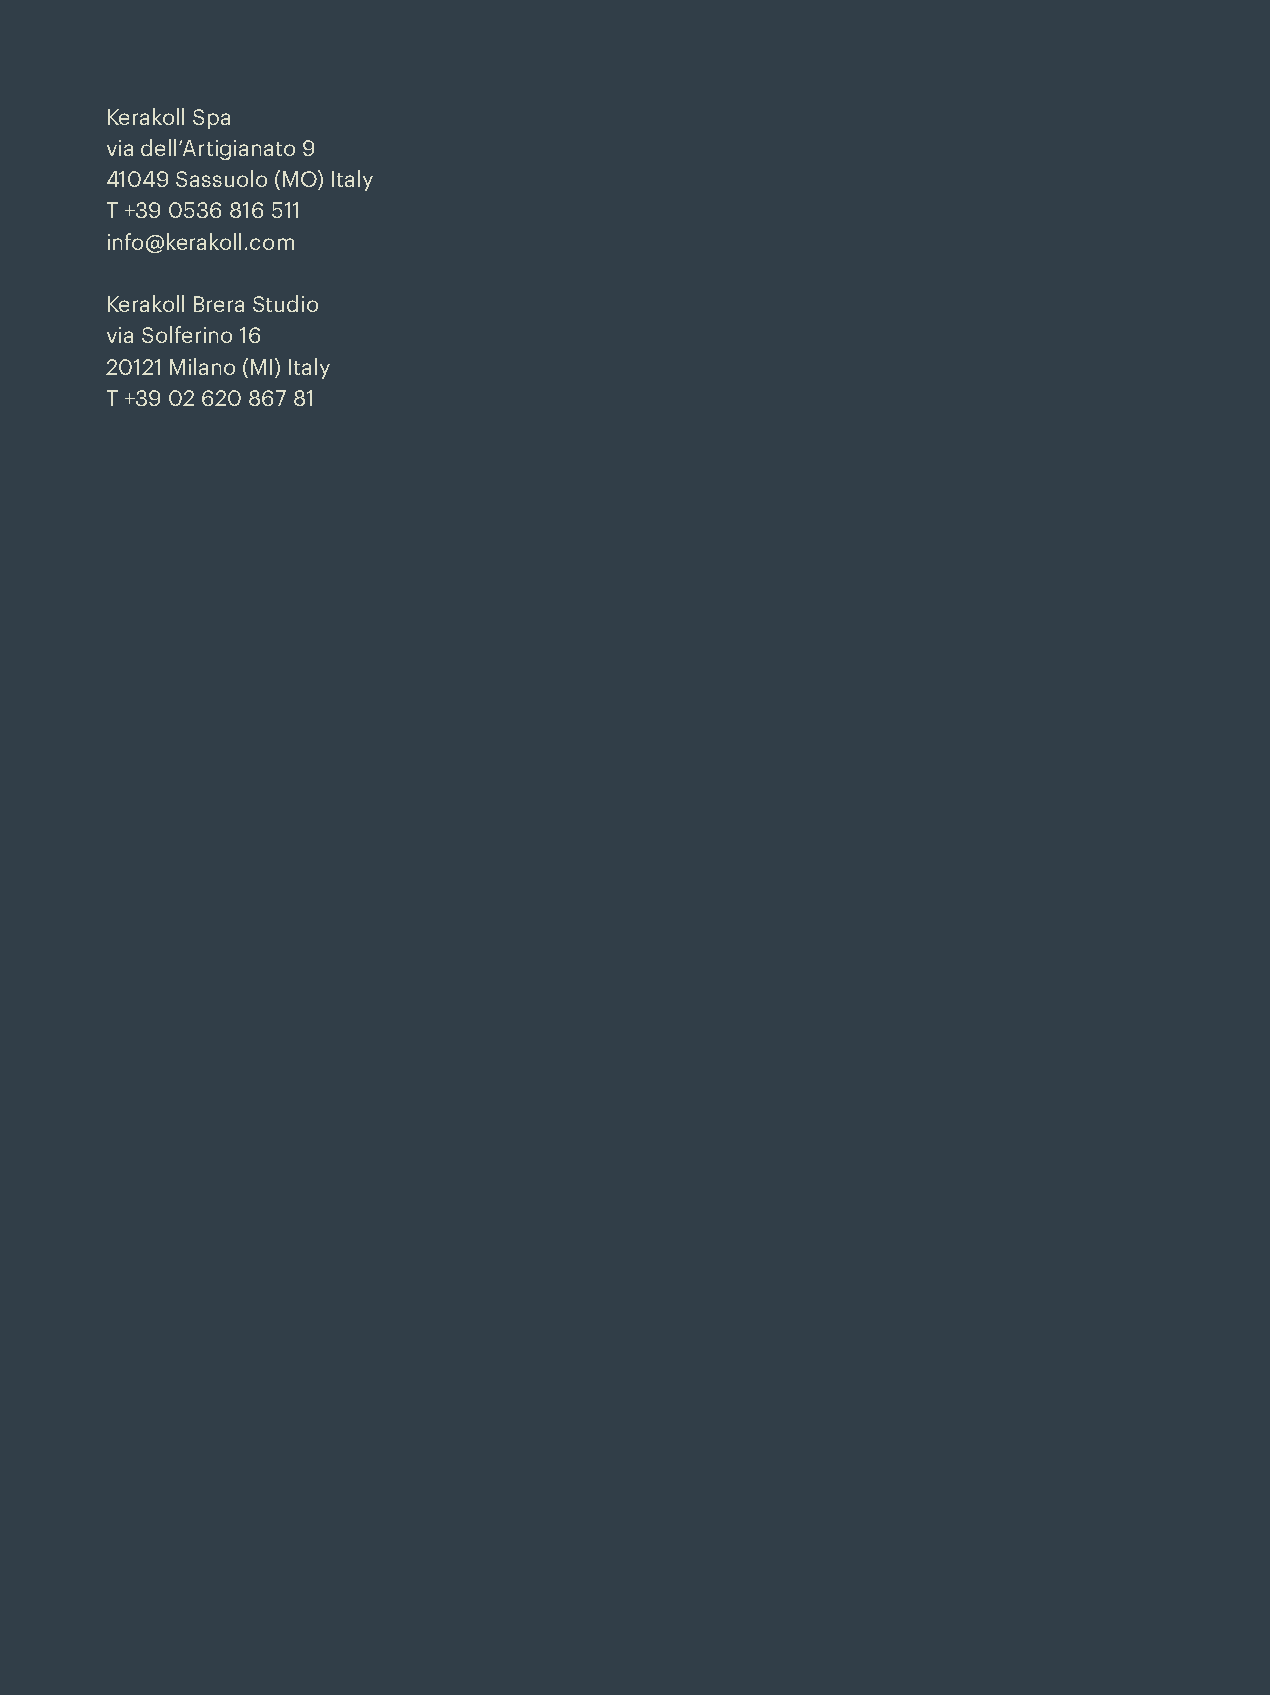
Kerakoll Spa
 via dell’Artigianato 9
 41049 Sassuolo (MO) Italy
 T +39 0536 816 511
 info@kerakoll.com
 Kerakoll Brera Studio
 via Solferino 16
 20121 Milano (MI) Italy
 T +39 02 620 867 81